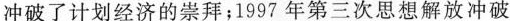
冲破了计划经济的崇拜；1997年第三次思想解放冲破